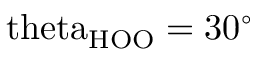
\mathrm { \ t h e t a _ { H O O } = 3 0 ^ { \circ } }